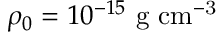
\rho _ { 0 } = 1 0 ^ { - 1 5 } \ \mathrm { g \ c m ^ { - 3 } }